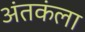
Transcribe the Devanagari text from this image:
अंतकंला